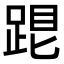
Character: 𨁞